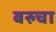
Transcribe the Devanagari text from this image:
बरुचा